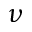
\nu